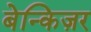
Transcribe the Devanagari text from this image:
बेन्किज़र